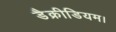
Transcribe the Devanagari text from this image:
डैक्रीडियम।